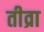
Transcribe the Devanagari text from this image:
तीव्रा